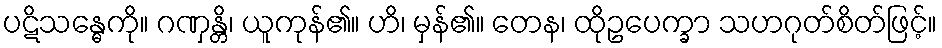
ပဋိသန္ဓေကို။ ဂဏှန္တိ၊ ယူကုန်၏။ ဟိ၊ မှန်၏။ တေန၊ ထိုဥပေက္ခာ သဟဂုတ်စိတ်ဖြင့်။